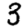
Digit: 3